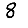
Digit: 8